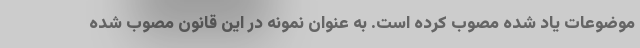
موضوعات یاد شده مصوب کرده است. به عنوان نمونه در این قانون مصوب شده